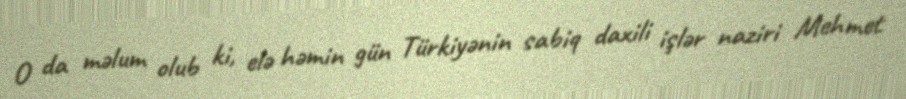
O da məlum olub ki, elə həmin gün Türkiyənin sabiq daxili işlər naziri Mehmet